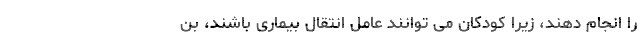
را انجام دهند، زیرا کودکان می توانند عامل انتقال بیماری باشند، بن